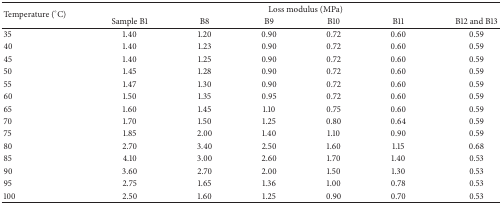
| <ROWSPAN=2> Temperature (°C) | <COLSPAN=6> Loss modulus (MPa) |
 | Sample B1 | B8 | B9 | B10 | B11 | B12 and B13 |
 | --- | --- | --- | --- | --- | --- | --- |
 | 35 | 1.40 | 1.20 | 0.90 | 0.72 | 0.60 | 0.59 |
 | 40 | 1.40 | 1.23 | 0.90 | 0.72 | 0.60 | 0.59 |
 | 45 | 1.40 | 1.25 | 0.90 | 0.72 | 0.60 | 0.59 |
 | 50 | 1.45 | 1.28 | 0.90 | 0.72 | 0.60 | 0.59 |
 | 55 | 1.47 | 1.30 | 0.90 | 0.72 | 0.60 | 0.59 |
 | 60 | 1.50 | 1.35 | 0.95 | 0.72 | 0.60 | 0.59 |
 | 65 | 1.60 | 1.45 | 1.10 | 0.75 | 0.60 | 0.59 |
 | 70 | 1.70 | 1.50 | 1.25 | 0.80 | 0.64 | 0.59 |
 | 75 | 1.85 | 2.00 | 1.40 | 1.10 | 0.90 | 0.59 |
 | 80 | 2.70 | 3.40 | 2.50 | 1.60 | 1.15 | 0.68 |
 | 85 | 4.10 | 3.00 | 2.60 | 1.70 | 1.40 | 0.53 |
 | 90 | 3.60 | 2.70 | 2.00 | 1.50 | 1.30 | 0.53 |
 | 95 | 2.75 | 1.65 | 1.36 | 1.00 | 0.78 | 0.53 |
 | 100 | 2.50 | 1.60 | 1.25 | 0.90 | 0.70 | 0.53 |